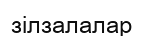
зілзалалар